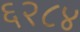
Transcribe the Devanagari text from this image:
६२८४